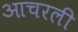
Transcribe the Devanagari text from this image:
आचरली